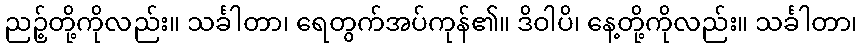
ညဉ့်တို့ကိုလည်း။ သင်္ခါတာ၊ ရေတွက်အပ်ကုန်၏။ ဒိဝါပိ၊ နေ့တို့ကိုလည်း။ သင်္ခါတာ၊